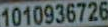
1010936726